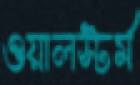
ওয়ালস্টর্ম